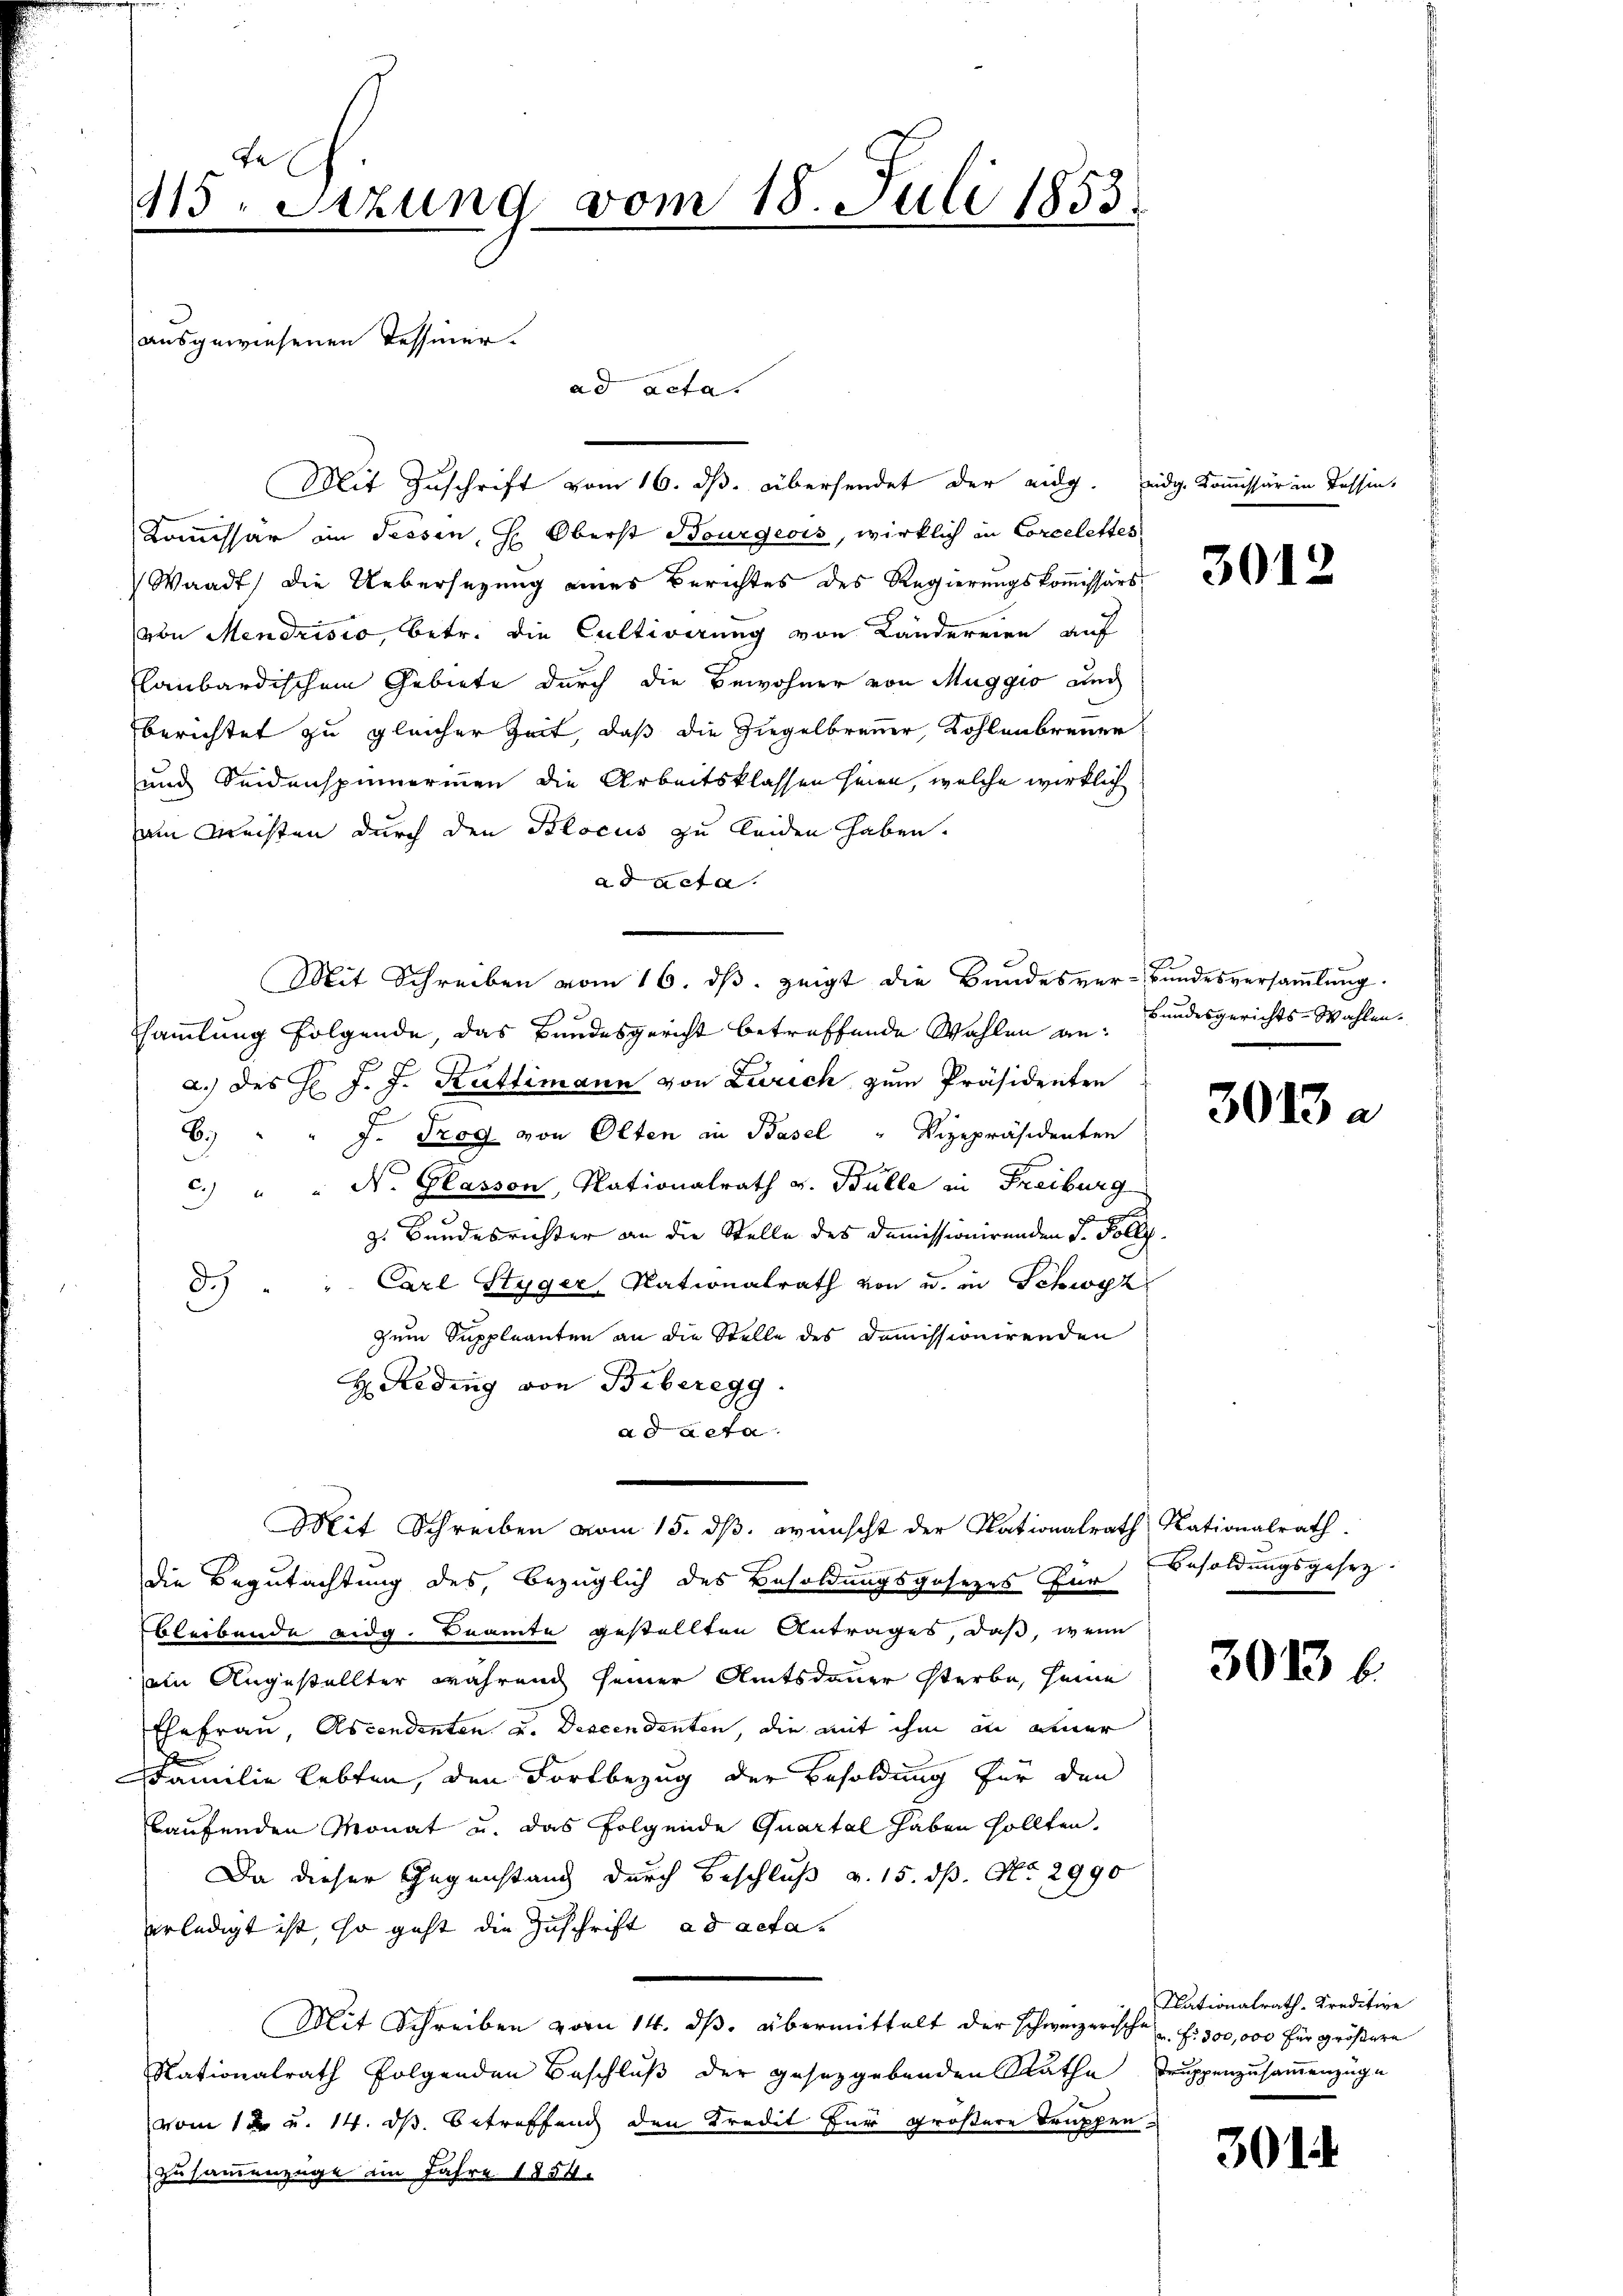
Fe
115. Setzung vom 18. Juli 1853.
ausgewiesenen Tessiner.
ad acta.

Kommissär in Tessen, H. Oberst Bourgeois, wirklich in Corcelettes
Waadt) die Uebersetzung eines Berichtes des Regierungskommissärs,
von Mendrisio, betr. die Cultivirung von Ländereien auf
flaubardischem Gebiete durch die Bewohner von Muggio auch
berichtet zu gleicher Zeit, daß die Ziegelbrenner, Kohlenbrenner
und Seidenspinnerinnen die Arbeitsklassen seien, welche wirklich
am Meisten durch den Klocus zu leiden haben.
ad acta.
sammlung folgende, das Bundesgericht betreffende Wohlen an. Bundesgerichts-Wahlena.) des H. J. J. Rüttimann von Zürich zum Präsidenten
6.) " " J. Trog von Olten in Basel " Vizepräsidenten
c.) " " N. Glasson, Nationalrath v. Bülle in Freiburg
z. Bundesrichter an die Stelle des Demissionirenden s. Folle.
" Carl Styger Nationalrath von u. in Schwyz
d.)
zum Suppleanten an die Stelle des Dommissionirenden
H Reding von Biberegg.
ad acta
Mit Schreiben vom 15. ds. wünscht der Nationalrath Nationalrath
die Begutachtung des bezüglich des Besoldungsgesezes für
bleibende eidg. Beamte gestellten Antrages, daß, wenn
ain Angestellter während seiner Amtsdauer Sterbe, seine
Ehefrau, Ascendenten u. Descendenten, die mit ihm an einer
Familie lebten, den Fortbezug der Besoldung für den
kaufenden Monat u. das folgende Quartal haben sollten,
Da dieser Gegenstand durch Beschluß v. 15. dß. No. 2990
erledigt ist, so geht die Zuschrift ad acta
Mit Schreiben vom 14. ds. übermittelt der schweizerische f. 300,000 für größere
Nationalrath folgenden Beschluß der gesetzgebenden Rathe Truppenzusammenzuge
vom 12 u. 14. d. Betreffend den Kredit für größere Truppen-
zusammenzüge im Jahre 1854.

Mit Schreiben vom 16. dβ zeigt die Bundesver-Bundesversammlung.

Mit Zuschrift vom 16. ds. übersendet der eidg. eidg. Kommissär in Tessin,

g

3012

2

3013 a

Besoldungsgesez

3013 b.

Nationalrath. Kreditive

301.